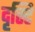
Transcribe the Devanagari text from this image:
दृस्टि